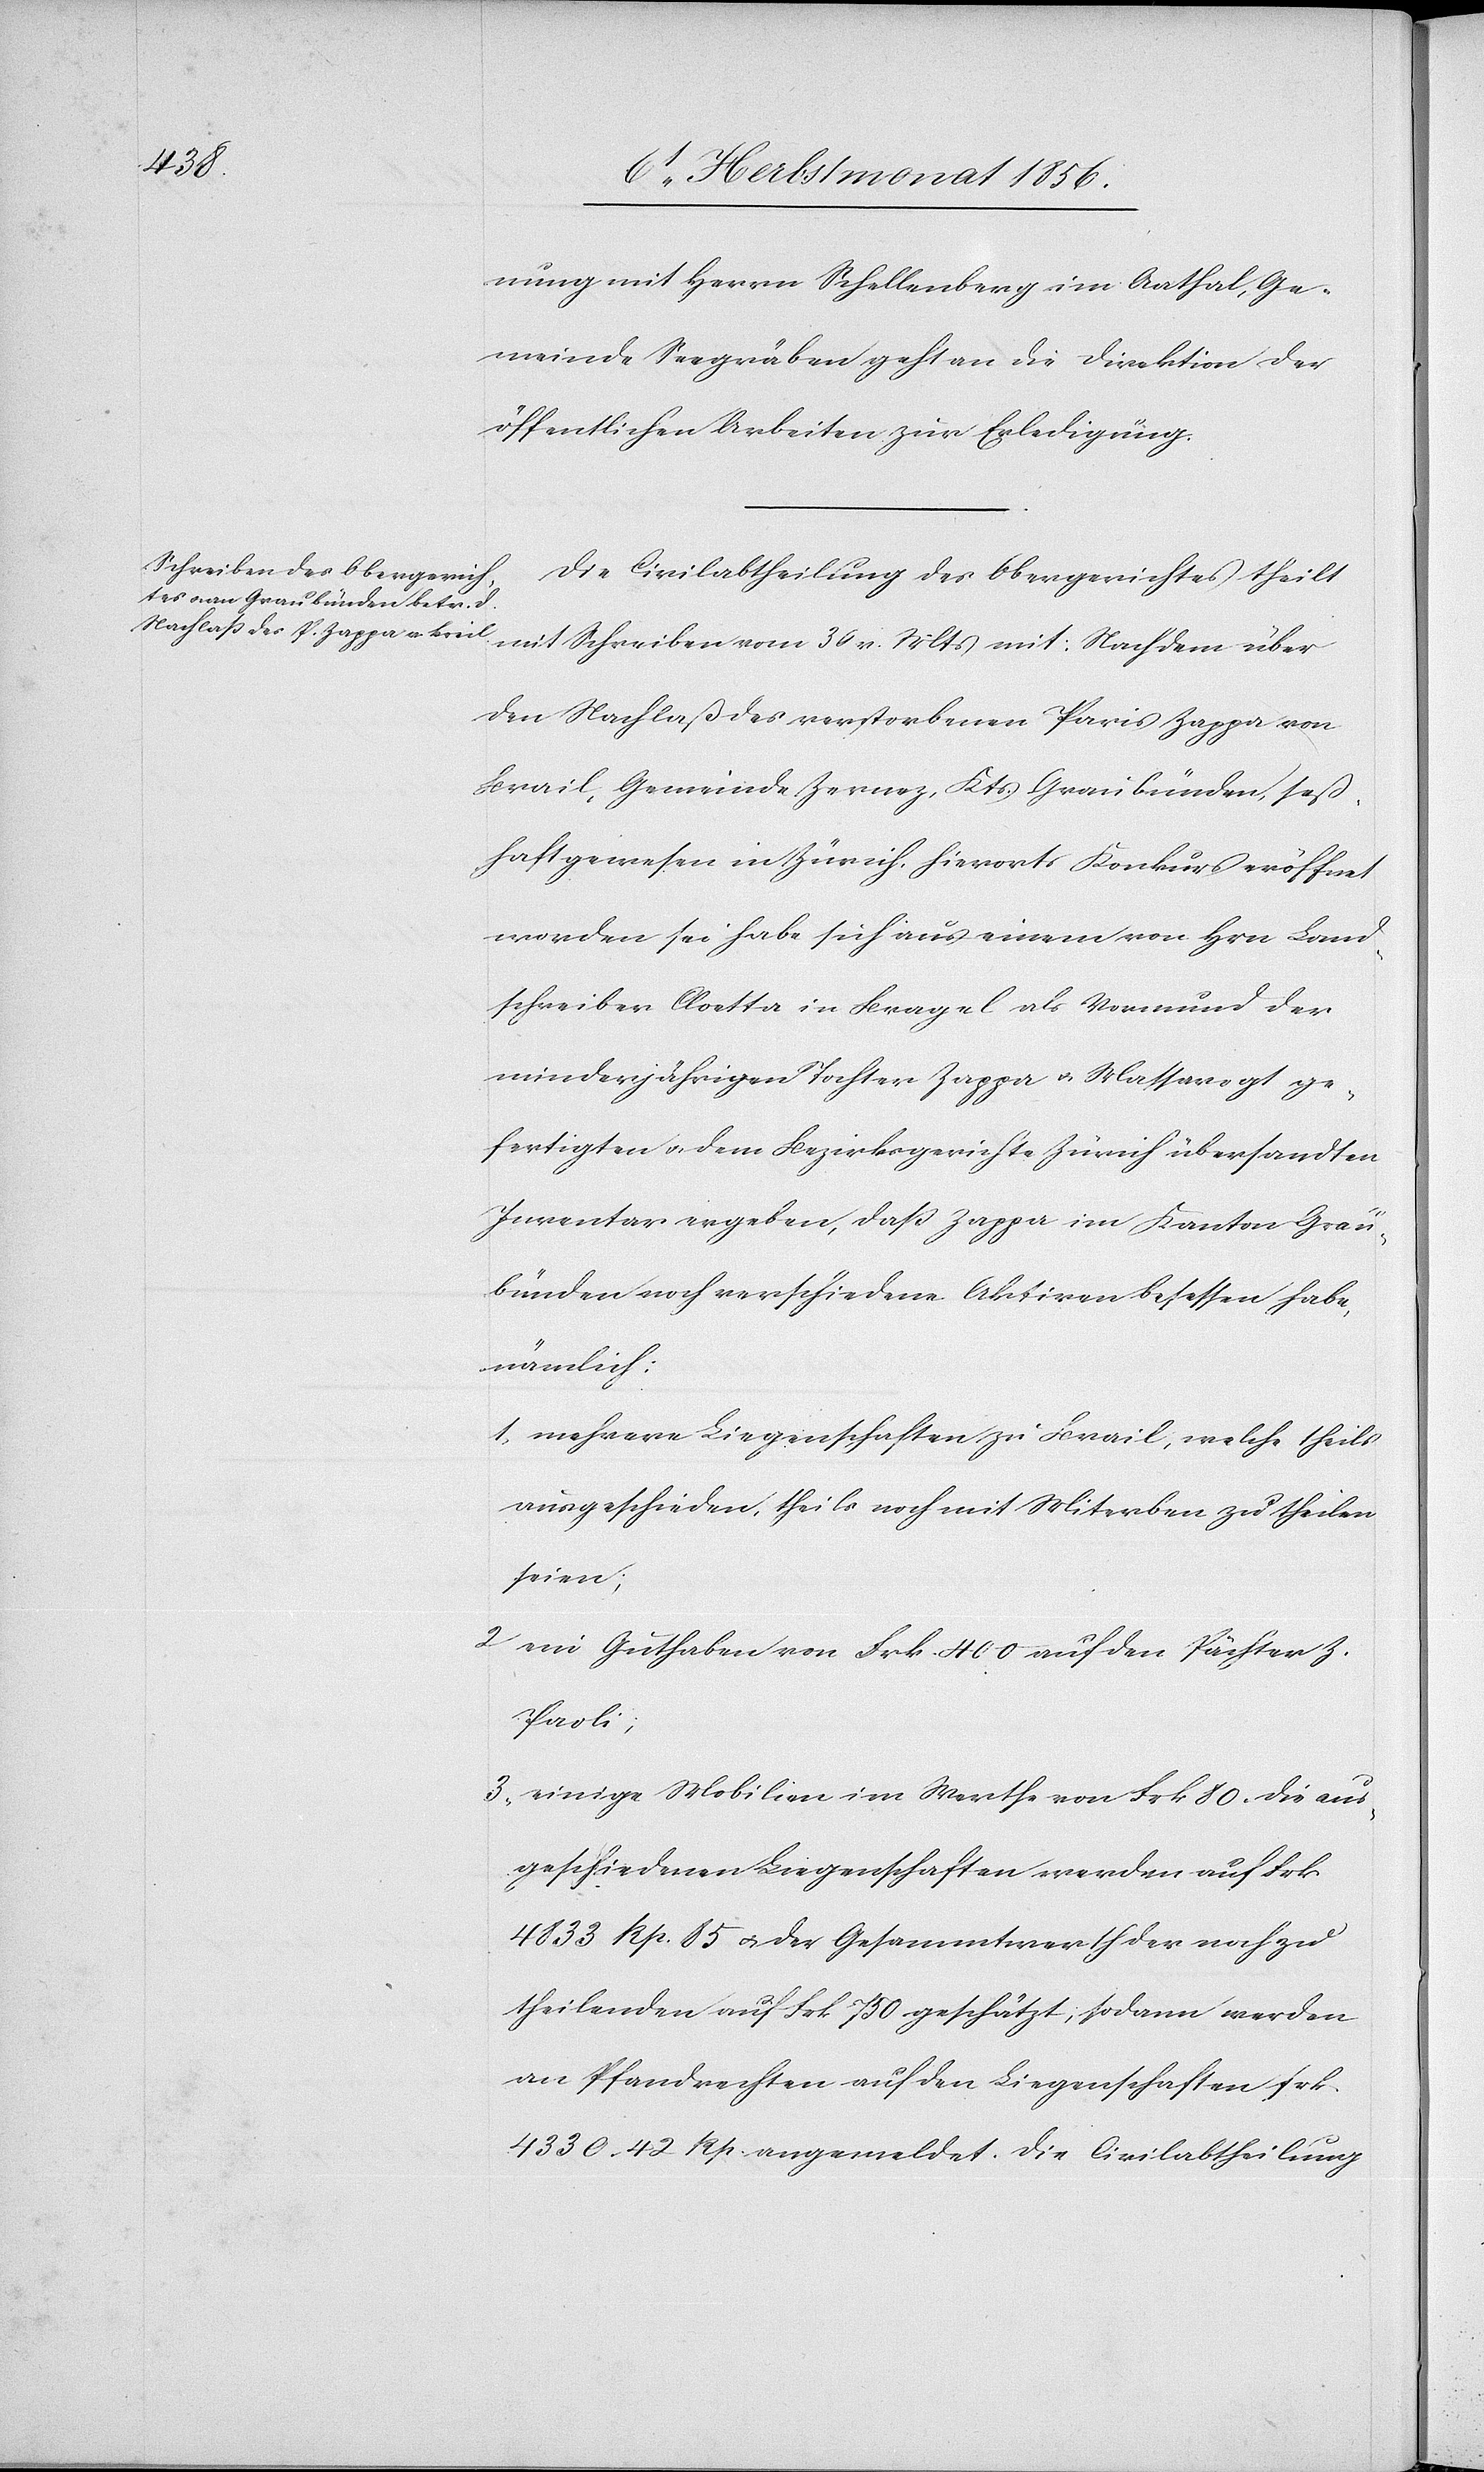
8t Herbstmonat 1856.]
nung mit Herrn Schellenberg im Aathal, Ge¬
meinde Seegräben geht an die Direktion der
öffentlichen Arbeiten zur Erledigung.
Die Civilabtheilung des Obergerichtes theilt
mit Schreiben vom 30 v. Mts mit: Nachdem über
den Nachlaß des verstorbenen Paris Zappa von
Brail, Gemeinde Zernez, Kts. Graubünden, seß¬
haft gewesen in Zürich, hierorts Konkurs eröffnet
worden sei habe sich aus einem von Hrn Land¬
schreiber Cloetta in Bragel als Vormund der
minderjährigen Tochter Zappa u. Massavogt ge¬
fertigten u. dem Bezirksgerichte Zürich übersandten
Inventar ergeben, dass Zappa im Kanton Grau¬
bünden noch verschiedene Aktiven besessen habe,
nämlich:
1) mehrere Liegenschaften zu Brail, welche theils
ausgeschieden, theils noch mit Miterben zu theilen
seien;
ein Guthaben von Frk. 400 auf den Pächter Z.
Paoli;
3) einige Mobilien im Werthe von Frk 80. Die aus¬
geschiedenen Liegenschaften werden auf Frk.
4833 Rp. 85 u. der Gesammtwerth der noch zu
theilenden auf Frk. 750 geschätzt; sodann werden
an Pfandrechten auf den Liegenschaften Frk.
4330. 42 Rp. angemeldet. Die Civilabtheilung